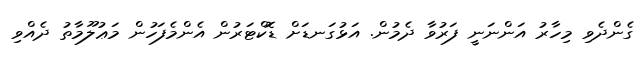
ގެންދެވި މިހާރު އަންނަނީ ފަރުވާ ދެމުން. އަޅުގަނޑަށް ޑޮކްޓަރުން އެންމެފަހުން މަޢުލޫމާތު ދެއްވި